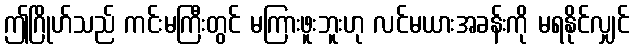
ဤဂြိုဟ်သည် ကင်းမကြီးတွင် မကြားဖူးဘူးဟု လင်မယားအခန်းကို မရနိုင်လျှင်